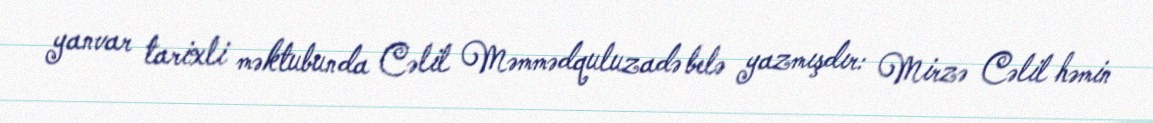
yanvar tarixli məktubunda Cəlil Məmmədquluzadə belə yazmışdır: Mirzə Cəlil həmin